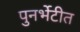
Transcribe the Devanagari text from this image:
पुनर्भेटीत